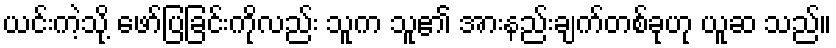
ယင်းကဲ့သို့ ဖော်ပြခြင်းကိုလည်း သူက သူ၏ အားနည်းချက်တစ်ခုဟု ယူဆ သည်။